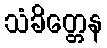
သံခိတ္တေန